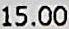
15.00